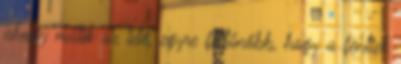
ahogy múlik az idő, egyre feltűnőbb, hogy a fentiek